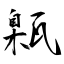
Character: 甈